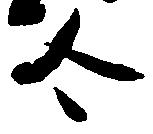
合